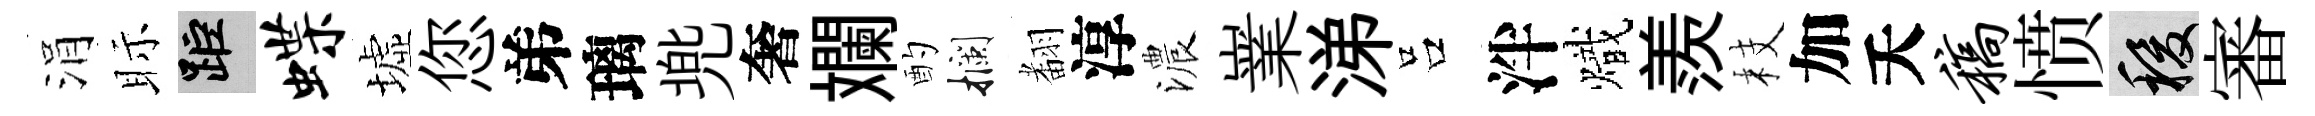
涓眎距蝶墟您弟璃兠奢斕酌攔𮋒淳濃嶪涕吕泮熾羨枝加夭稿愤稷審